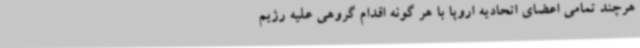
هرچند تمامی اعضای اتحادیه اروپا با هر گونه اقدام گروهی علیه رژیم